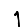
Digit: 1